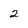
Character: 2